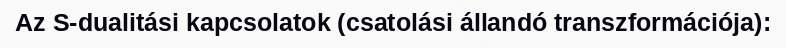
Az S-dualitási kapcsolatok (csatolási állandó transzformációja):